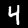
Label: 4